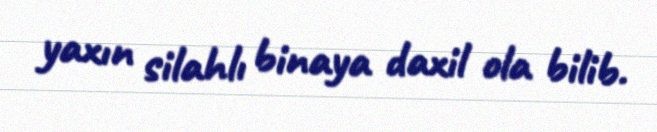
yaxın silahlı binaya daxil ola bilib.